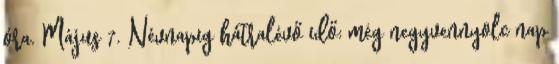
óra. Május 7. Névnapig hátralévő idő: még negyvennyolc nap